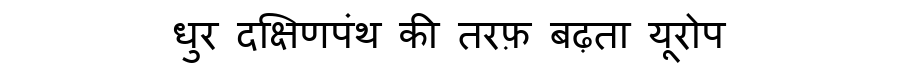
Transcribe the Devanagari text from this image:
धुर दक्षिणपंथ की तरफ़ बढ़ता यूरोप